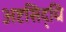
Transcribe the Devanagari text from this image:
अष्टसिद्धि